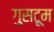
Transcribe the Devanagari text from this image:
गुसटूम